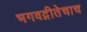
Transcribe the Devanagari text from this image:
भगवद्गीतेचाच